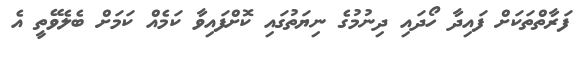
ފަރާތްތަކަށް ފައިދާ ހޯދައި ދިނުމުގެ ނިޔަތުގައި ކޮށްފައިވާ ކަމެއް ކަމަށް ބެލެވޭތީ އެ